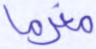
مغرما